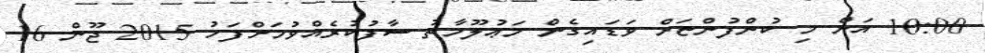
10:00 އަށް މި ކުންފުންޏަށް ވަޑައިގެން މަޢުލޫމާތު ސާފުކުރެއްވުމަށްފަހު 2015 ޖޫން 16